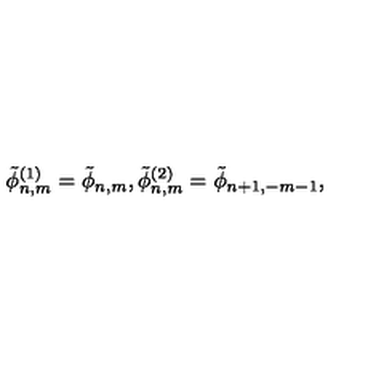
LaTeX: \tilde { \phi } _ { n , m } ^ { ( 1 ) } = \tilde { \phi } _ { n , m } , \tilde { \phi } _ { n , m } ^ { ( 2 ) } = \tilde { \phi } _ { n + 1 , - m - 1 } ,